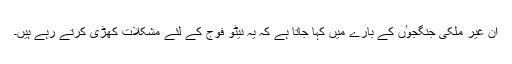
ان غیر ملکی جنگجوٴں کے بارے میں کہا جاتا ہے کہ یہ نیٹو فوج کے لئے مشکلات کھڑی کرتے رہے ہیں۔